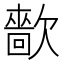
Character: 㱇